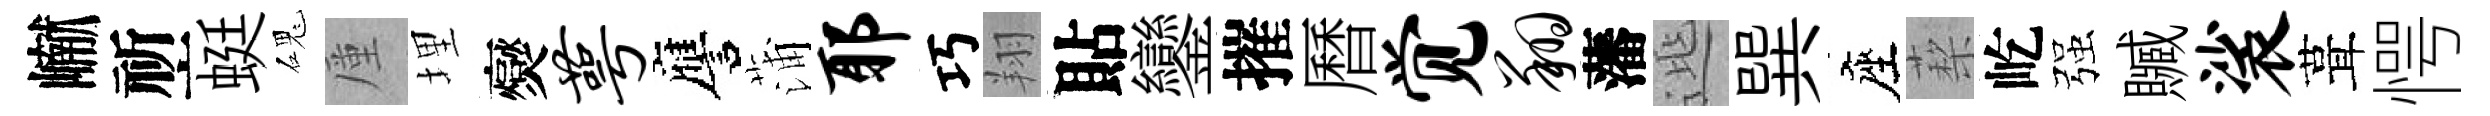
𪩘祈蜓磈厪埋爕萼譍蒲耶巧翔貼鑾摧曆觉翔藩𨓱巽座蔾屹强贓裟葺愕